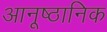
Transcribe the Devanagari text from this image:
आनूष्ठानिक